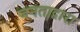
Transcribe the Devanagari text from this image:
जनताद्वारा